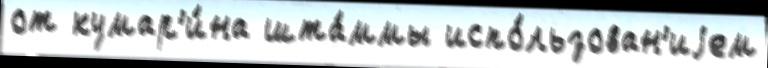
от кумар'и́на шта́ммы испо́льзован'иjем